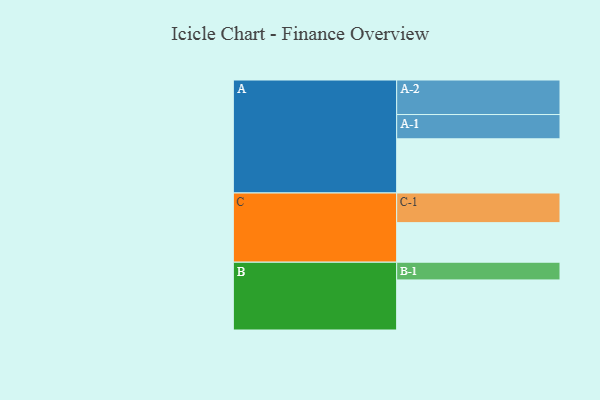
{"axis": {"x": "Segment", "y": "Value"}, "legend": ["", "A", "B", "C"], "data": [{"x": "A", "y": 422, "type": ""}, {"x": "B", "y": 390, "type": ""}, {"x": "C", "y": 308, "type": ""}, {"x": "A-1", "y": 189, "type": "A"}, {"x": "A-2", "y": 269, "type": "A"}, {"x": "B-1", "y": 138, "type": "B"}, {"x": "C-1", "y": 231, "type": "C"}]}